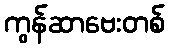
ကွန်ဆာဗေးတစ်